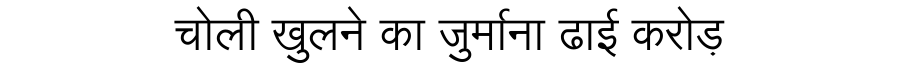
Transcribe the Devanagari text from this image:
चोली खुलने का जुर्माना ढाई करोड़